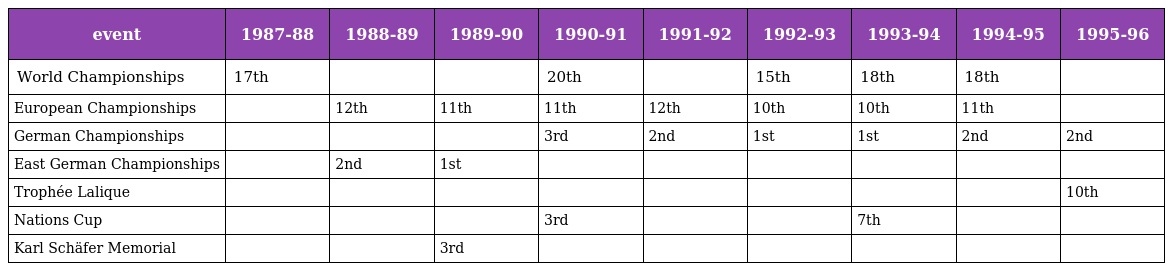
| event | 1987-88 | 1988-89 | 1989-90 | 1990-91 | 1991-92 | 1992-93 | 1993-94 | 1994-95 | 1995-96 |
 | --- | --- | --- | --- | --- | --- | --- | --- | --- | --- |
 | World Championships | 17th |  |  | 20th |  | 15th | 18th | 18th |  |
 | European Championships |  | 12th | 11th | 11th | 12th | 10th | 10th | 11th |  |
 | German Championships |  |  |  | 3rd | 2nd | 1st | 1st | 2nd | 2nd |
 | East German Championships |  | 2nd | 1st |  |  |  |  |  |  |
 | Trophée Lalique |  |  |  |  |  |  |  |  | 10th |
 | Nations Cup |  |  |  | 3rd |  |  | 7th |  |  |
 | Karl Schäfer Memorial |  |  | 3rd |  |  |  |  |  |  |